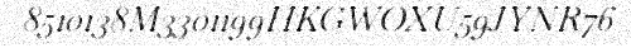
8510138M3301199HKGWOXU59JYNR76